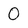
Character: 0